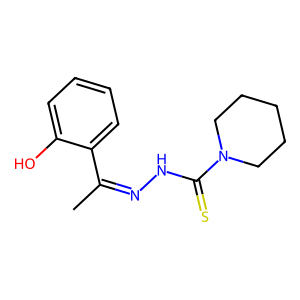
SMILES: CC(=NNC(=S)N1CCCCC1)c1ccccc1O
Inhibits HIV replication: No